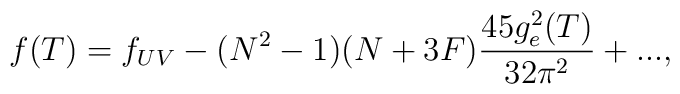
f(T) = f_{UV} - (N^2 - 1)(N+3F)\frac{45g_{e}^{2}(T)}{32 \pi^2}+ ...,